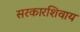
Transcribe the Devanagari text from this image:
सरकारशिवाय